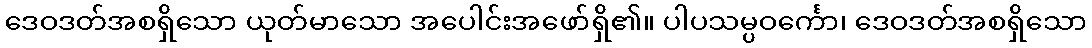
ဒေဝဒတ်အစရှိသော ယုတ်မာသော အပေါင်းအဖော်ရှိ၏။ ပါပသမ္ပဝင်္ကော၊ ဒေဝဒတ်အစရှိသော